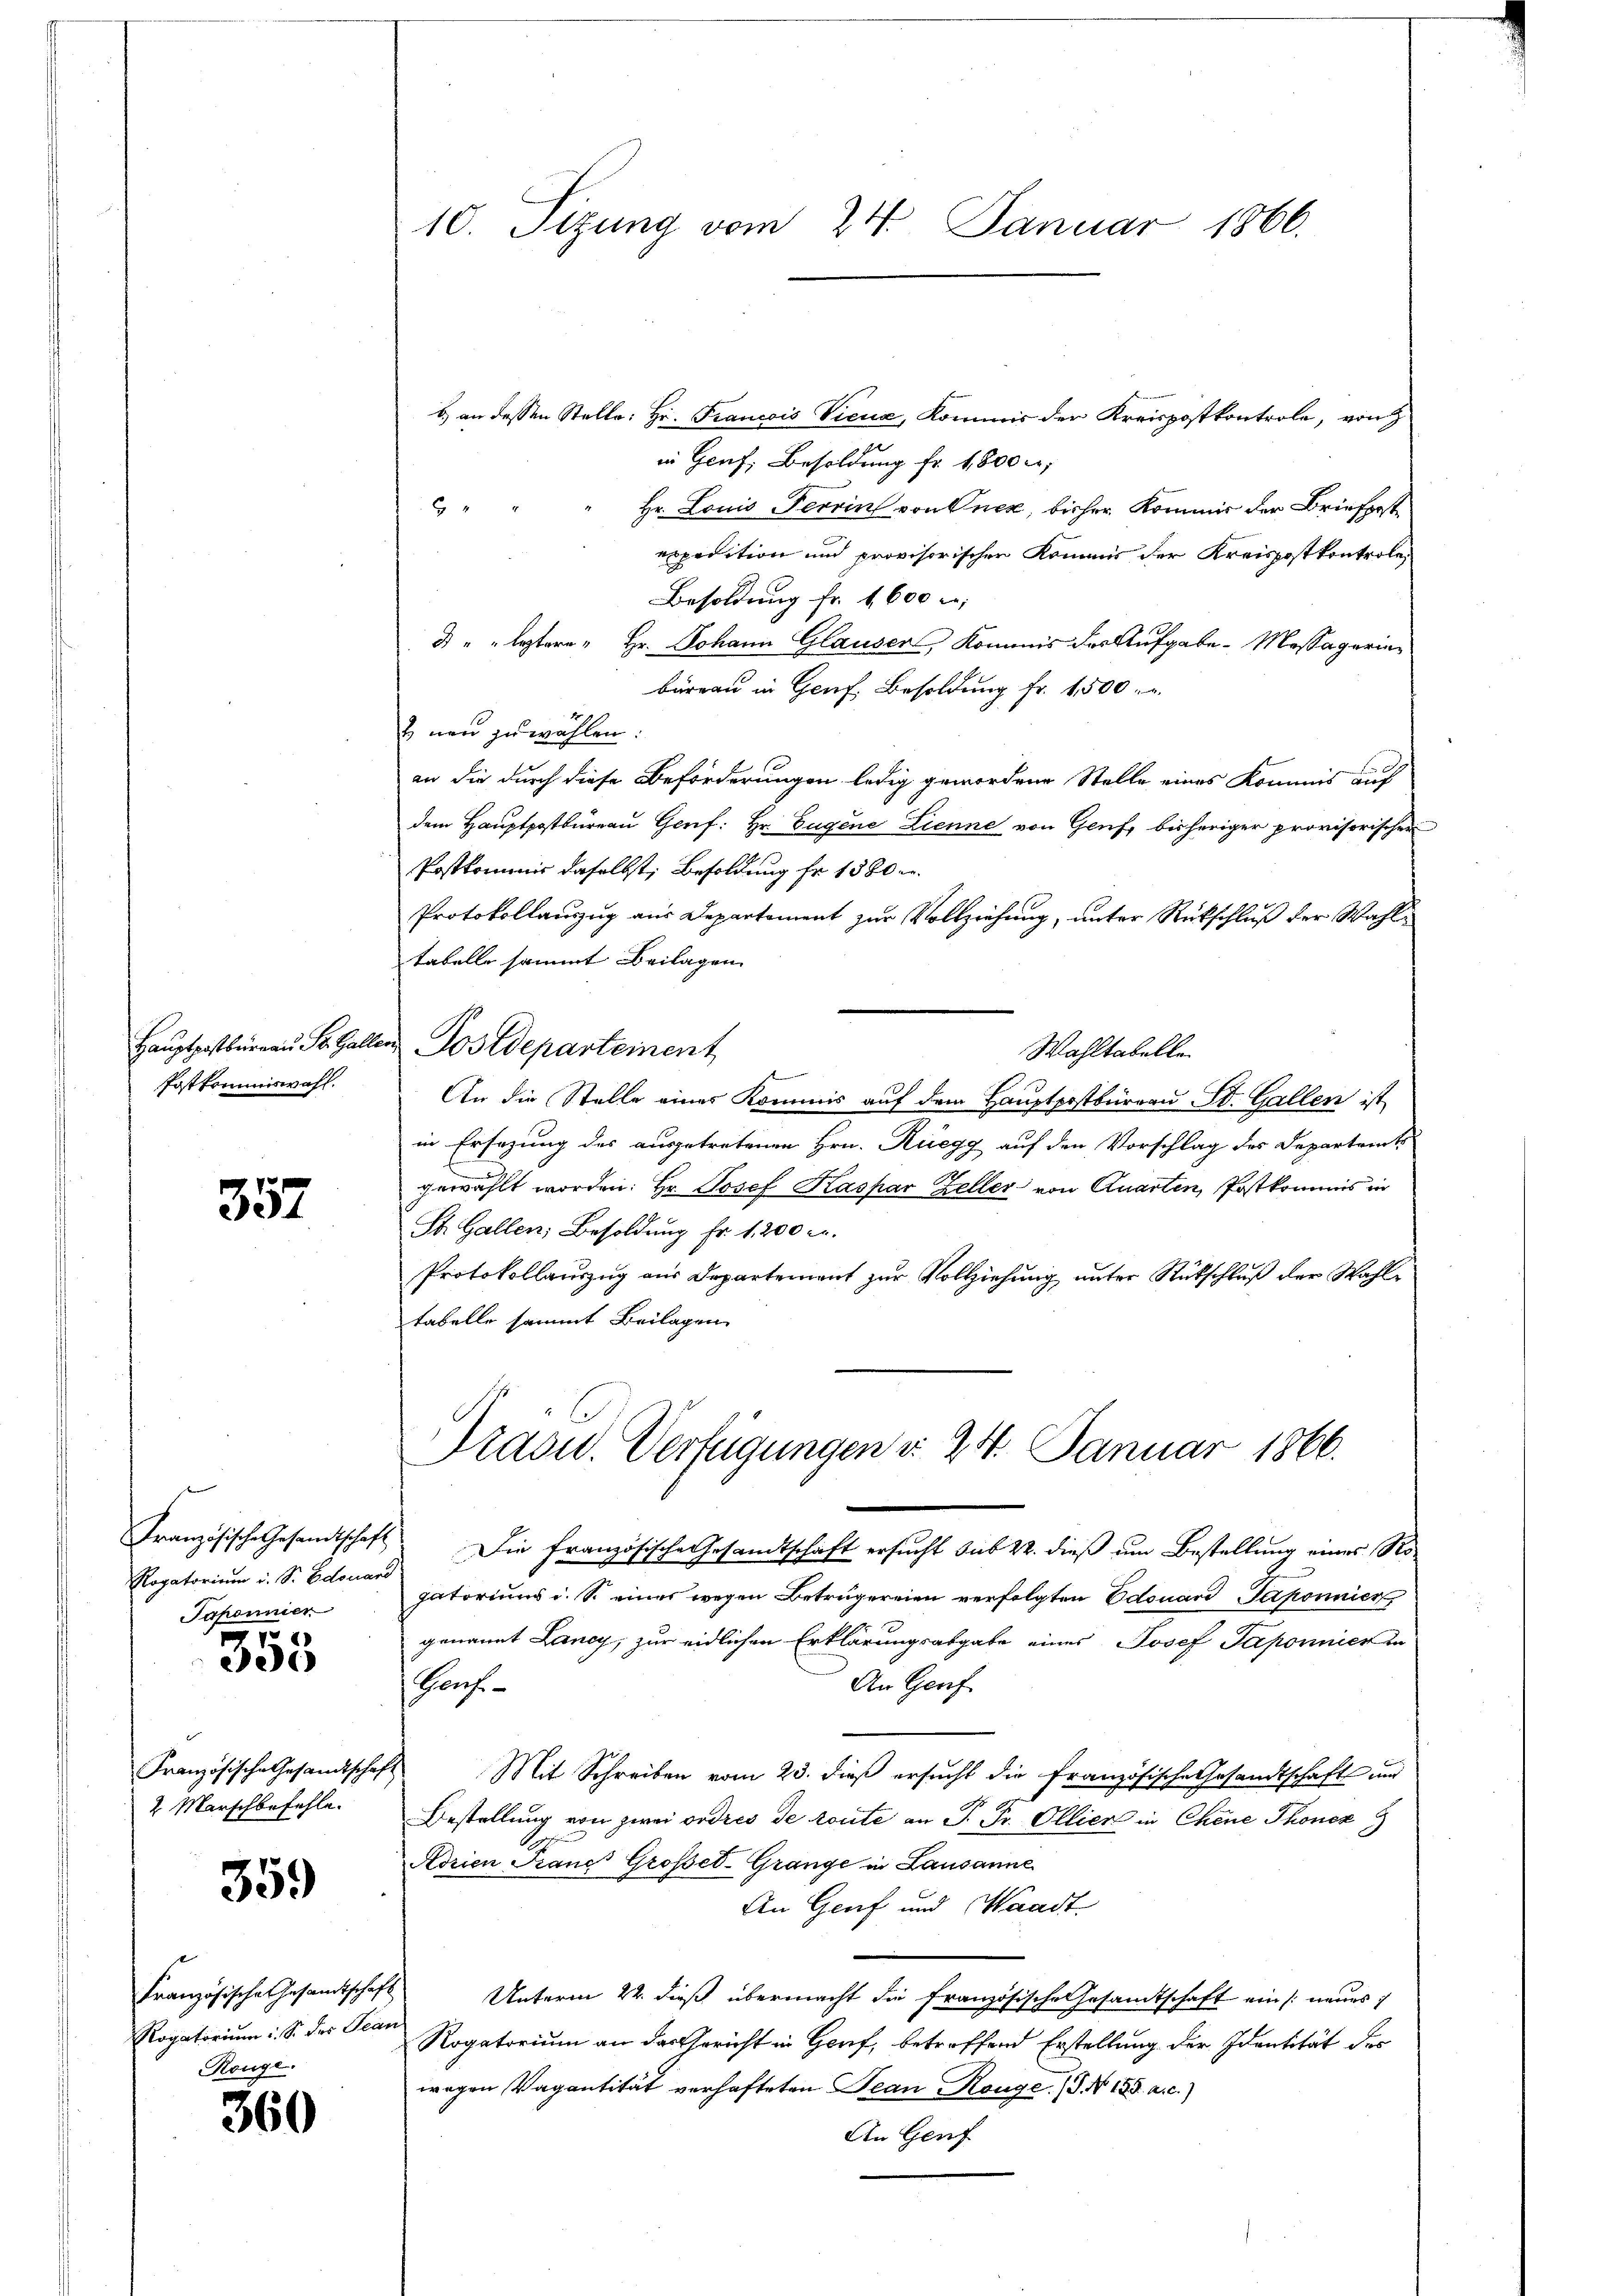
Hauptpostbureau St. Gar
Postkommiswahl.

357

Rogatorium i. S. Edouard
Paponnier
7

e

Französische Gesandtschaft
2 Marschbefehle.

359

Französische Gesandtschaft
Rogatorium: So des Jean
Ronge.

360

10. Sizung vom 24. Januar 1866.

b) an dessen Stelle: Hr. Francois Vieux, Kommis der Kreispostkontrole, von
in Genf, Besoldung fr. 1800 r.
f 4 x
Hr. Louis Terrin von Knek, bisher Kommis der Briefestexpedition und provisorischen Kommis der Kreispostkontrole,
Besoldung fr. 1600 f:
 " " leztere " Hr. Johann Glauser, Kommis der Aufgabe-Messa gerinbüreau in Genf, Besoldung fr. 1500.
& neu zu wählen.
an die durch diese Beförderungen ledig gewordene Stelle eines Kommis auf
dem Hauptpostbüreau Genf: Hr. Eugene Lienne von Genf, bisheriger provisorischen
Postkommnis daselbst, Besoldung fr. 1880
Protokollauszug aus Departement zur Vollziehung, unter Rückschluß der Wahltabelle sammt Beilagen
in Postdepartement
Wahltabelle
An die Stelle eines Kommis auf dem Hauptpostbüreau St. Gallen ist
in Ersezung des ausgetretenen Hrn. Rüegg auf den Vorschlag des Departrents
gewählt worden. Hr. Josef Kaspar Zeller von Quarten, Postkommis in
St. Gallen, Besoldung Fr. 1200 c.
Protokollauszug aus Departement zur Vollziehung unter Rückschluß der Wahltabelle sammt Beilagen
Präsid. Verfügungen d. 24. Januar 1866.
Französische Gesandtschaft. Die französische Gesandtschaft ersucht sub 22. dieß um Bestellung eines Rogatoriums i. S. eines wegen Betrügereien verfolgten Edouard Saponnier
genannt Lancy, zur eidlichen Erklärungsabgabe eines Josef Paponier in
An Genf
Gonf
Mit Schreiben vom 23. dieß ersucht die Französische Gesandtschaft und
Bestellung von zwei ordres de toute an P. Fr. Ollier in Chene Thonez
Aorien Kane Großer-Grange in Lausanne
An Genf und Waadt
Unterm 22. dieß übermacht die Französische Gesamtschaft ein neues
Rogatorium an das Gericht in Genf, betreffend Erstellung der Identität des
wagen Vagantität verhafteten Jean Rouge. (T. No 153. a. c.)
An Genf